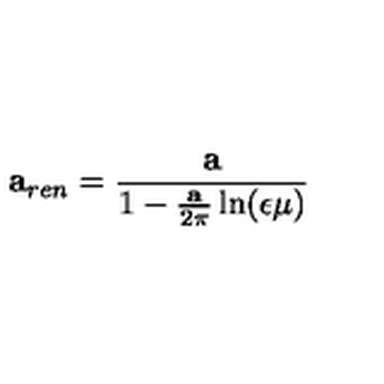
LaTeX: { \bf a } _ { r e n } = { \frac { \bf a } { 1 - { \frac { \bf a } { 2 \pi } } \ln ( { \epsilon \mu } ) } }